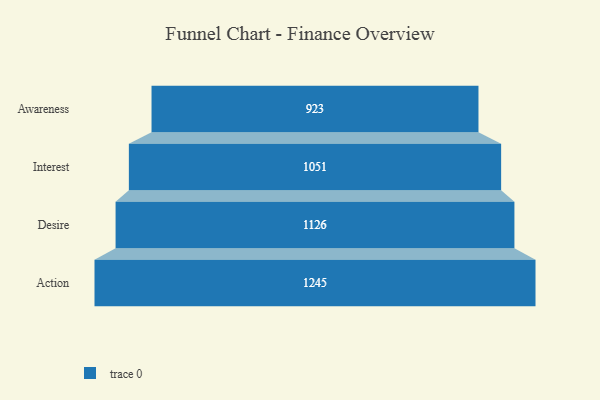
{"axis": {"x": "Stage", "y": "Value"}, "legend": [""], "data": [{"x": "Awareness", "y": 923.0, "type": ""}, {"x": "Interest", "y": 1051.0, "type": ""}, {"x": "Desire", "y": 1126.0, "type": ""}, {"x": "Action", "y": 1245.0, "type": ""}]}